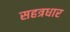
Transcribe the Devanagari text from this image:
सहत्रधार